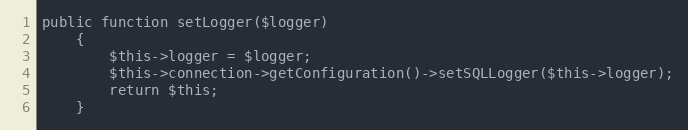
Language: PHP
public function setLogger($logger)
    {
        $this->logger = $logger;
        $this->connection->getConfiguration()->setSQLLogger($this->logger);
        return $this;
    }